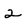
Character: 2